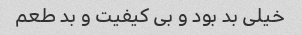
خیلی بد بود و بی کیفیت و بد طعم